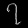
Digit: ၇